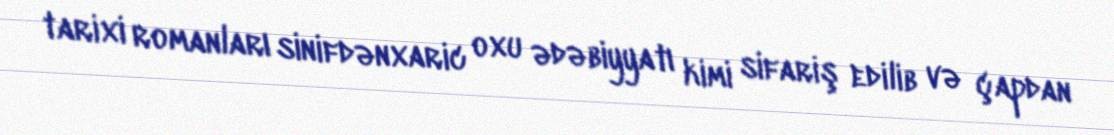
tarixi romanları sinifdənxaric oxu ədəbiyyatı kimi sifariş edilib və çapdan